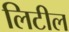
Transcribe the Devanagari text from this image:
लिटील